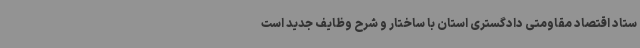
ستاد اقتصاد مقاومتی دادگستری استان با ساختار و شرح وظایف جدید است